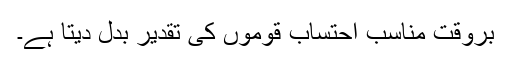
بروقت مناسب احتساب قوموں کی تقدیر بدل دیتا ہے۔